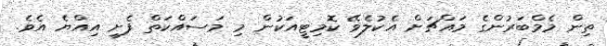
ތިން މެމްބަރުންގެ މައްޗަށް އެކުލެވޭ ކޮމިޓީއަކުން މި މަސައްކަތް ފެށީ އިއްޔެ އެވެ.